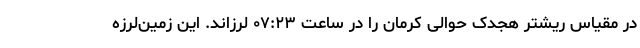
در مقیاس ریشتر هجدک حوالی کرمان را در ساعت ۰۷:۲۳ لرزاند. این زمین‌لرزه